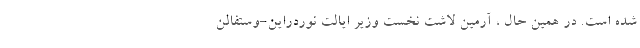
شده است. در همین حال ، آرمین لاشت نخست وزیر ایالت نوردراین-وستفالن